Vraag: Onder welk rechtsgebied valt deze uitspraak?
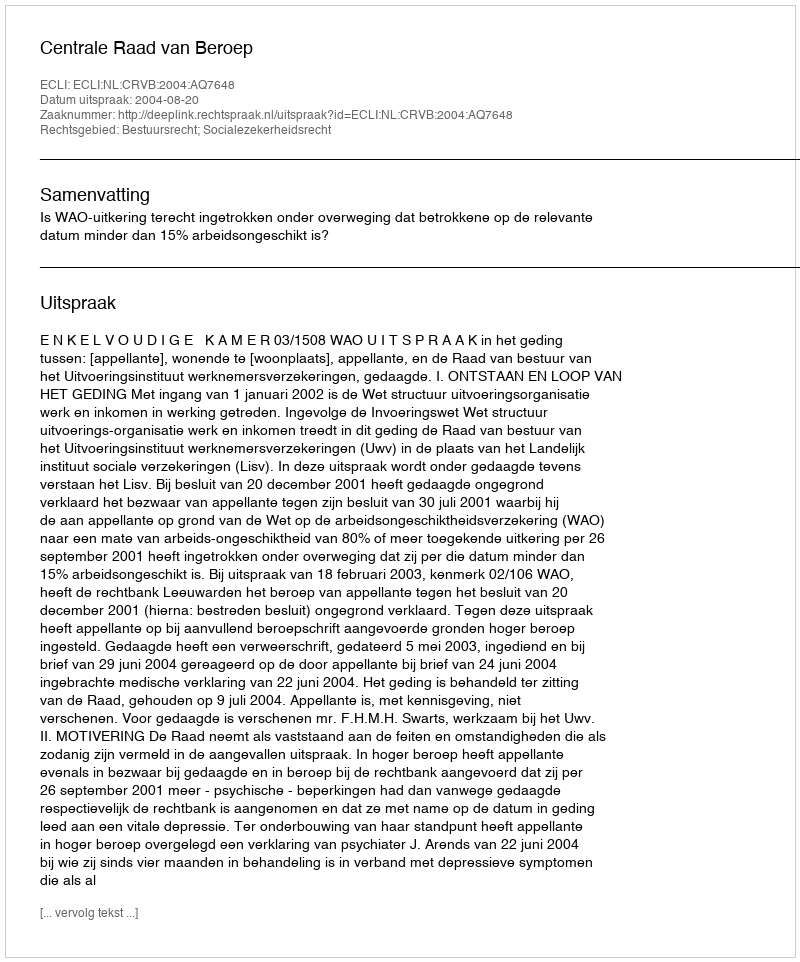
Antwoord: Bestuursrecht; Socialezekerheidsrecht